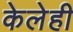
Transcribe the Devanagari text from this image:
केलेही